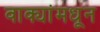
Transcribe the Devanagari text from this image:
वाक्यांमधून